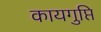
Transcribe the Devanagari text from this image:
कायगुप्ति